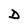
Character: D